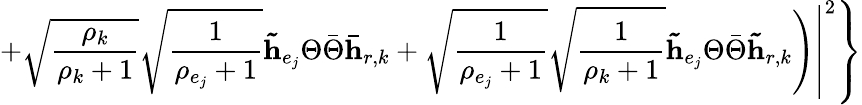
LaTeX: \left.\left.\left.+\sqrt{\frac{\rho_{k}}{\rho_{k}+1}}\sqrt{\frac{1}{\rho_{e_{j}}+1}}\mathbf{\tilde{h}}_{e_{j}}\Theta\bar{\Theta}\mathbf{\bar{h}}_{r,k}+\sqrt{\frac{1}{\rho_{e_{j}}+1}}\sqrt{\frac{1}{\rho_{k}+1}}\mathbf{\tilde{h}}_{e_{j}}\Theta\bar{\Theta}\mathbf{\tilde{h}}_{r,k}\right)\right|^{2}\right\}